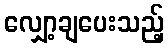
လျှော့ချပေးသည့်